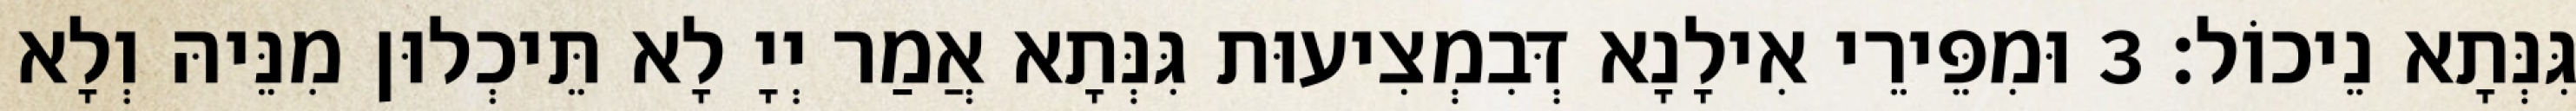
גִּנְּתָא נֵיכוֹל׃ 3 וּמִפֵּירֵי אִילָנָא דְּבִמְצִיעוּת גִּנְּתָא אֲמַר יְיָ לָא תֵּיכְלוּן מִנֵּיהּ וְלָא